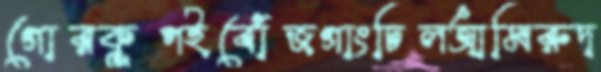
গোরকূপইবোঁজগাংচিলআমিরুদ্